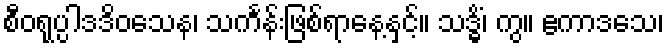
စီဝရုပ္ပါဒဒိဝသေန၊ သင်္ကန်းဖြစ်ရာနေ့နှင့်။ သဒ္ဓိံ၊ ကွ။ ဧကာဒသေ၊